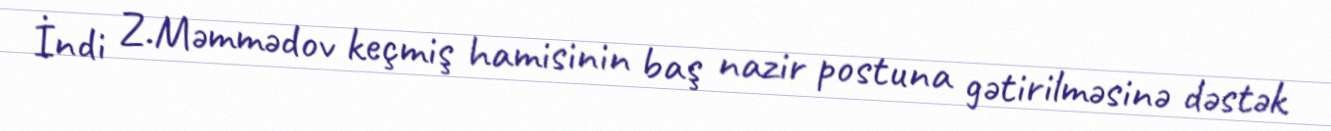
İndi Z.Məmmədov keçmiş hamisinin baş nazir postuna gətirilməsinə dəstək